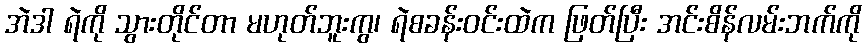
အဲဒါ ရဲကို သွားတိုင်တာ မဟုတ်ဘူးကွ၊ ရဲစခန်းဝင်းထဲက ဖြတ်ပြီး အင်းစိန်လမ်းဘက်ကို